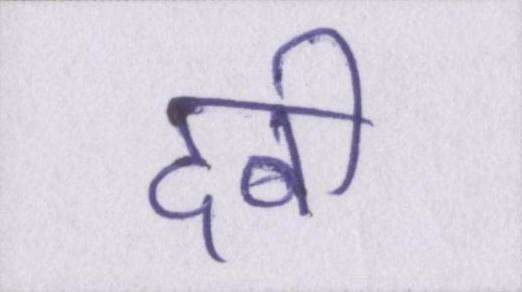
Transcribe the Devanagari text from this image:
दबी